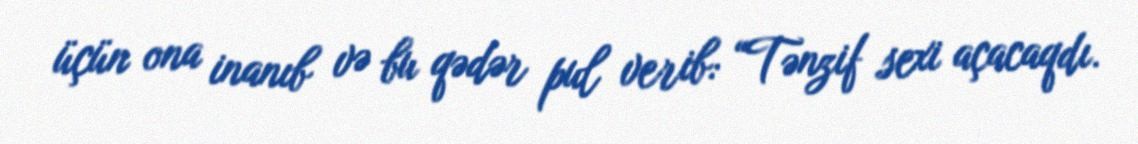
üçün ona inanıb və bu qədər pul verib: “Tənzif sexi açacaqdı.